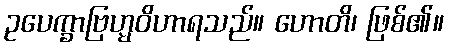
ဥပေက္ခာဗြဟ္မဝိဟာရသည်။ ဟောတိ၊ ဖြစ်၏။